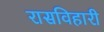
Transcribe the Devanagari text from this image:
रासविहारी